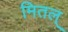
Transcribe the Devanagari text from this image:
मितल्